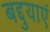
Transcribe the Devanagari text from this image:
बद्दुयाएं